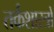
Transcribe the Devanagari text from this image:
तर्कशास्त्रों